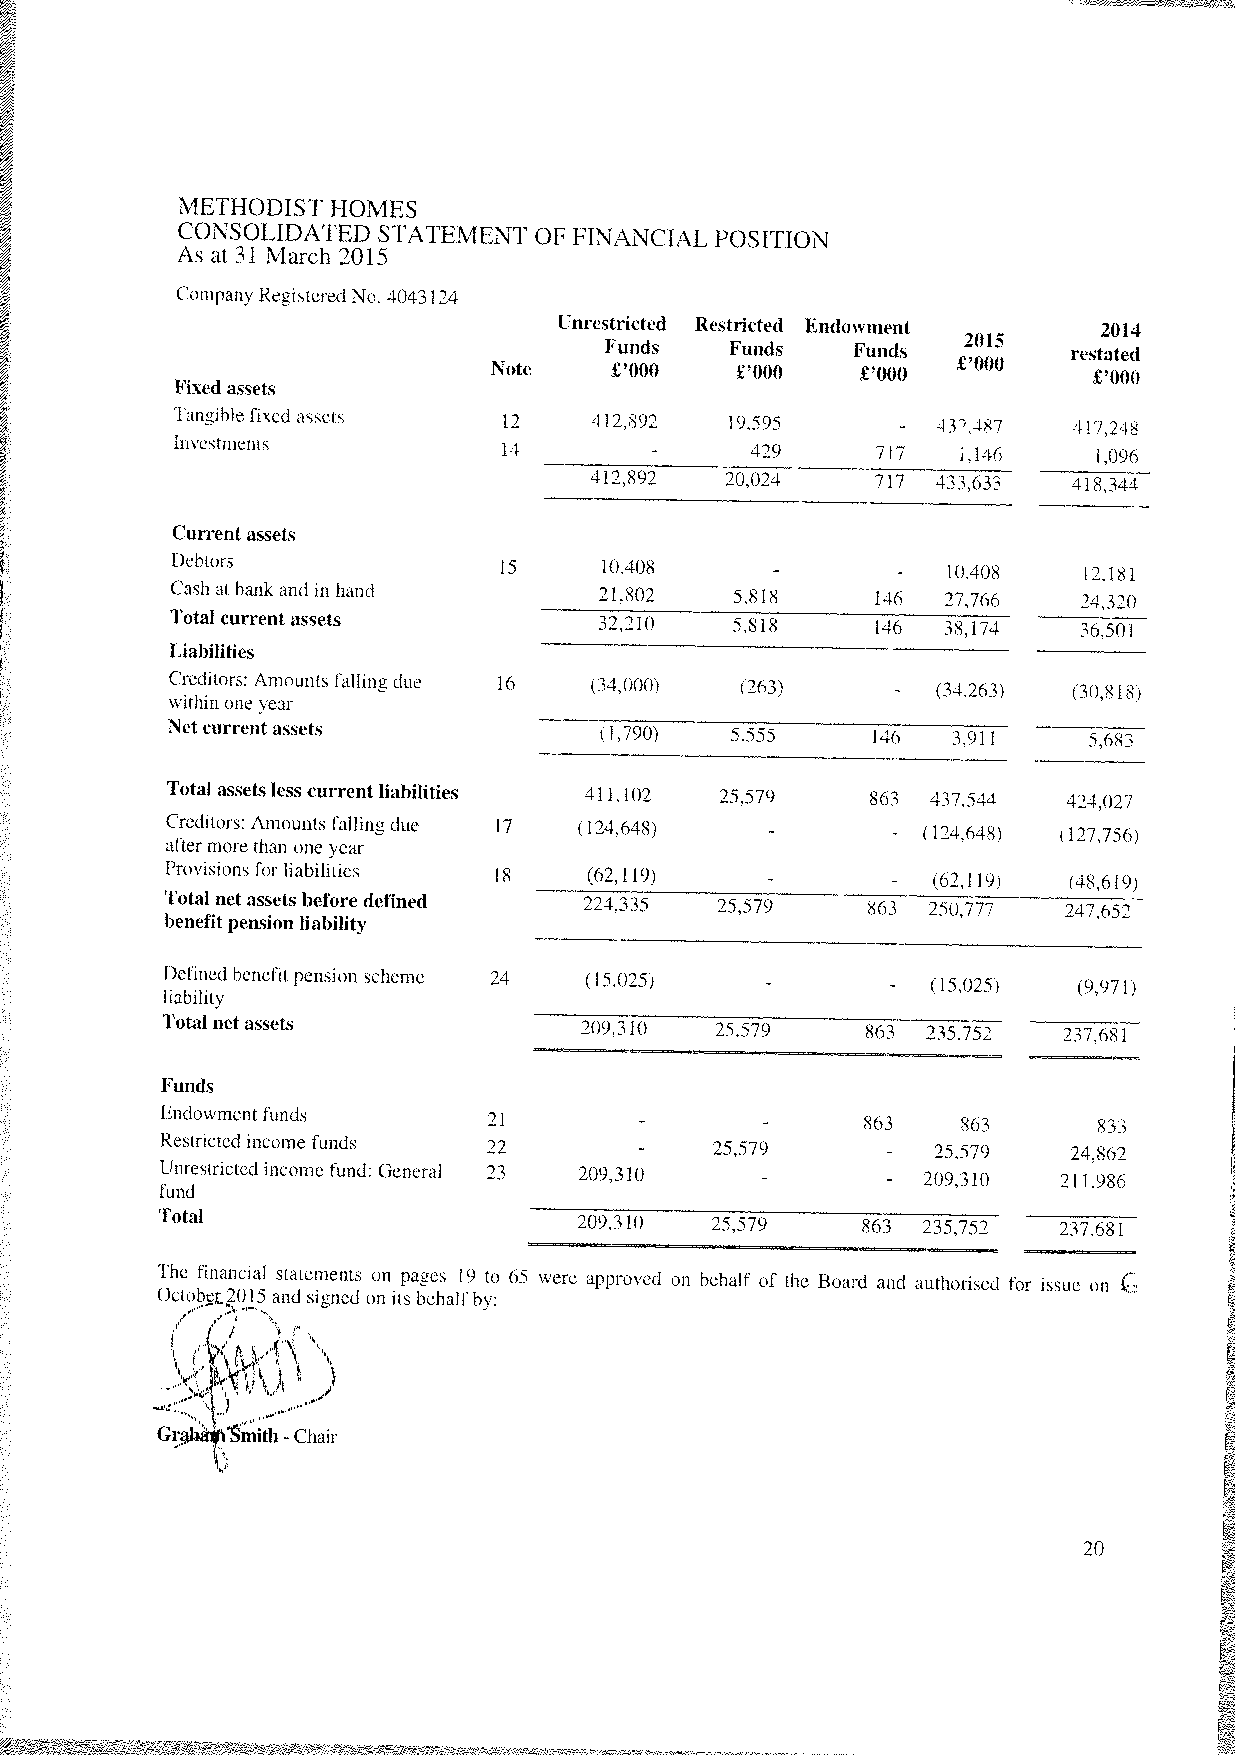
METHODIST HOMES
 CONSOLIDATED STATEMENT OF FINANCIAL POSITION
 As at 31 March 2015
 Company Registered No. 4043124
 Unrestricted Restricted Endowment   2014
 2015
 Funds   Funds   Funds          restated
 Note   £‘OOO    £‘OOO   £‘OOO £‘OOO    £‘OOO
 Fixed assets
 Tangible fixed ascels r    3l292    19.595                 4l7.24s<
 investments
 14        -      429     717   1,136    1.096
 412.892  20.024    717 433.633  418.344
 Current assets
 Debtors
 15     10.40$                 10,408   12.181
 Cash at hank and in hand     21.802   5.818-   146- 27.766   24.320
 Total currentassets          32.210   5,818    146 38.174   36,501
 Liabilities
 Creditors: Amounts falling due 16 134,0001 (263    (34,263) (30,818)
 within one year                                 -
 Net current assets           (1,790) 5,555     146  3.911    5.683
 Total assetslesscurrentliabilities 411.102 25.579 863 437.544 424.027
 Creditors: Amounts falling due 17 (124.648)       (124,648) (127.756)
 after morethan one year                         -
 Provisions for liabilities 18 (62,119)             (62.119) (48,619)
 Total net assets before defined 224,335 25,579- 863- 250,777 247.652
 benefit pension liability
 J)efined henefit pension scheme 24 (15.025)        (15.025) (9,971)
 liability                                       -
 Total net assets           209,310  25.579    863 235,752  237,681
 Funds
 Endowment funds      21        -       -      863    863      833
 URe ns rt er sic trt ie cd tei dnc ino cm oe mf eun fud ns
 d: General
 22 32 209.310- 25,579      - 202 95 ., 35 17 09 212 14 .. 98 86 62
 fund                                   -        -
 Total
 209,310  25,579    863 235,752  237.681
 The financial statements on pages 19 to 65 were approved on behalf of the Board and authorised for issue on
 October2015 and siened on its behalfby:
 )
 Grhamith  Chair
 -
 20